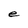
Character: e